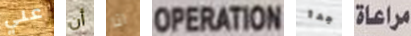
علي أن انا OPERATION جدا مراعاة